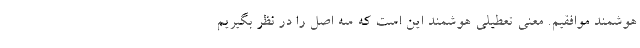
هوشمند موافقیم. معنی تعطیلی هوشمند این است که سه اصل را در نظر بگیریم